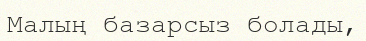
Малың базарсыз болады,